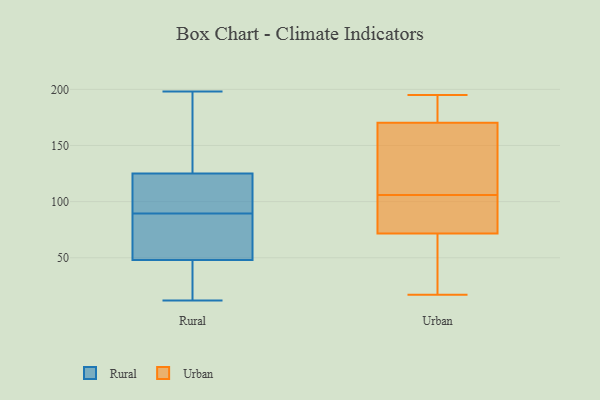
{"axis": {"x": "Humidity (%)", "y": "Value"}, "legend": ["Rural", "Urban"], "data": [{"x": "", "y": 67, "type": "Rural"}, {"x": "", "y": 13, "type": "Rural"}, {"x": "", "y": 101, "type": "Rural"}, {"x": "", "y": 25, "type": "Rural"}, {"x": "", "y": 12, "type": "Rural"}, {"x": "", "y": 97, "type": "Rural"}, {"x": "", "y": 157, "type": "Rural"}, {"x": "", "y": 131, "type": "Rural"}, {"x": "", "y": 125, "type": "Rural"}, {"x": "", "y": 198, "type": "Rural"}, {"x": "", "y": 48, "type": "Rural"}, {"x": "", "y": 115, "type": "Rural"}, {"x": "", "y": 61, "type": "Rural"}, {"x": "", "y": 82, "type": "Rural"}, {"x": "", "y": 106, "type": "Urban"}, {"x": "", "y": 195, "type": "Urban"}, {"x": "", "y": 36, "type": "Urban"}, {"x": "", "y": 91, "type": "Urban"}, {"x": "", "y": 114, "type": "Urban"}, {"x": "", "y": 61, "type": "Urban"}, {"x": "", "y": 75, "type": "Urban"}, {"x": "", "y": 101, "type": "Urban"}, {"x": "", "y": 168, "type": "Urban"}, {"x": "", "y": 177, "type": "Urban"}, {"x": "", "y": 17, "type": "Urban"}, {"x": "", "y": 133, "type": "Urban"}, {"x": "", "y": 186, "type": "Urban"}]}